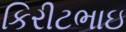
કિરીટભાઇ